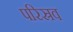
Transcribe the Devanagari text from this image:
परिस्रव